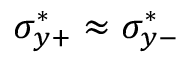
\sigma _ { y + } ^ { * } \approx \sigma _ { y - } ^ { * }